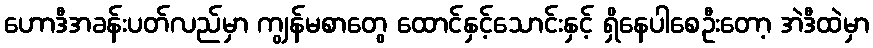
ဟောဒီအခန်းပတ်လည်မှာ ကျွန်မစာတွေ ထောင်နှင့်သောင်းနှင့် ရှိနေပါစေဦးတော့ အဲဒီထဲမှာ